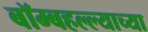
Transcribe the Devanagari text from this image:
बॉम्बहल्ल्याच्या